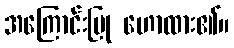
အကြောင်းပြု ဟောထား၏။